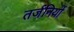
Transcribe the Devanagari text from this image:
तर्जनियों